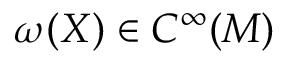
\omega ( X ) \in C ^ { \infty } ( M )